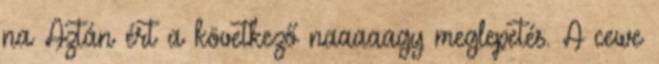
na Aztán ért a következő naaaaagy meglepetés. A cewe